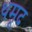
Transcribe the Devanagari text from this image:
थमूद